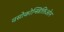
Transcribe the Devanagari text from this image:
वसोकोन्स्त्रिक्तिओन